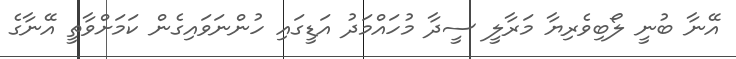
އޭނާ ބުނީ ލޯބިވެރިޔާ މަރާލީ ސީދާ މުހައްމަދު އަޑީގައި ހުންނަވައިގެން ކަމަށްވާތީ އޭނާގެ